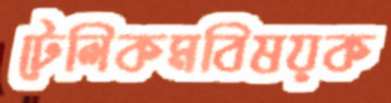
টেলিকমবিষয়ক